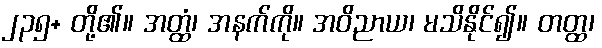
၂၃၅+ တို့၏။ အတ္ထံ၊ အနက်ကို။ အဝိညာယ၊ မသိနိုင်၍။ တတ္ထ၊